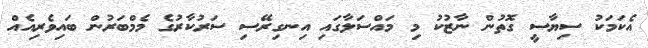
އެކަމަކު ސިޔާސީ ގޮތުން ނާޒުކު މި މައްސަލާގައި އިނގިރޭސި ސަރުކާރުގެ މެމްބަރުން ބައިވެރިއެއް